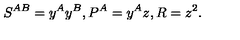
S ^ { A B } = y ^ { A } y ^ { B } , P ^ { A } = y ^ { A } z , R = z ^ { 2 } .